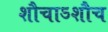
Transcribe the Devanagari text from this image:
शौचाऽशौच